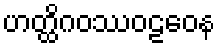
ဟတ္ထိဂဝဿဝဠဝေန